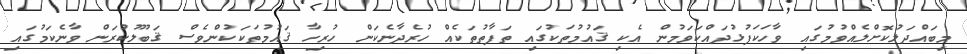
މިބައްދަލުކޮށްލެއްވުމުގައި ވާހަކަފުޅުދައްކަވަމުން އެކި ޤައުމުތަކުގައި ތަފާތުތަކެއް ހުރެދާނެކަން ހުރިހާ ޤައުމުތަކަކުންވެސް ޤަބޫލުކުރަން ވާނެކަމުގައި